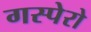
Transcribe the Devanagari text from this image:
गस्पेरो